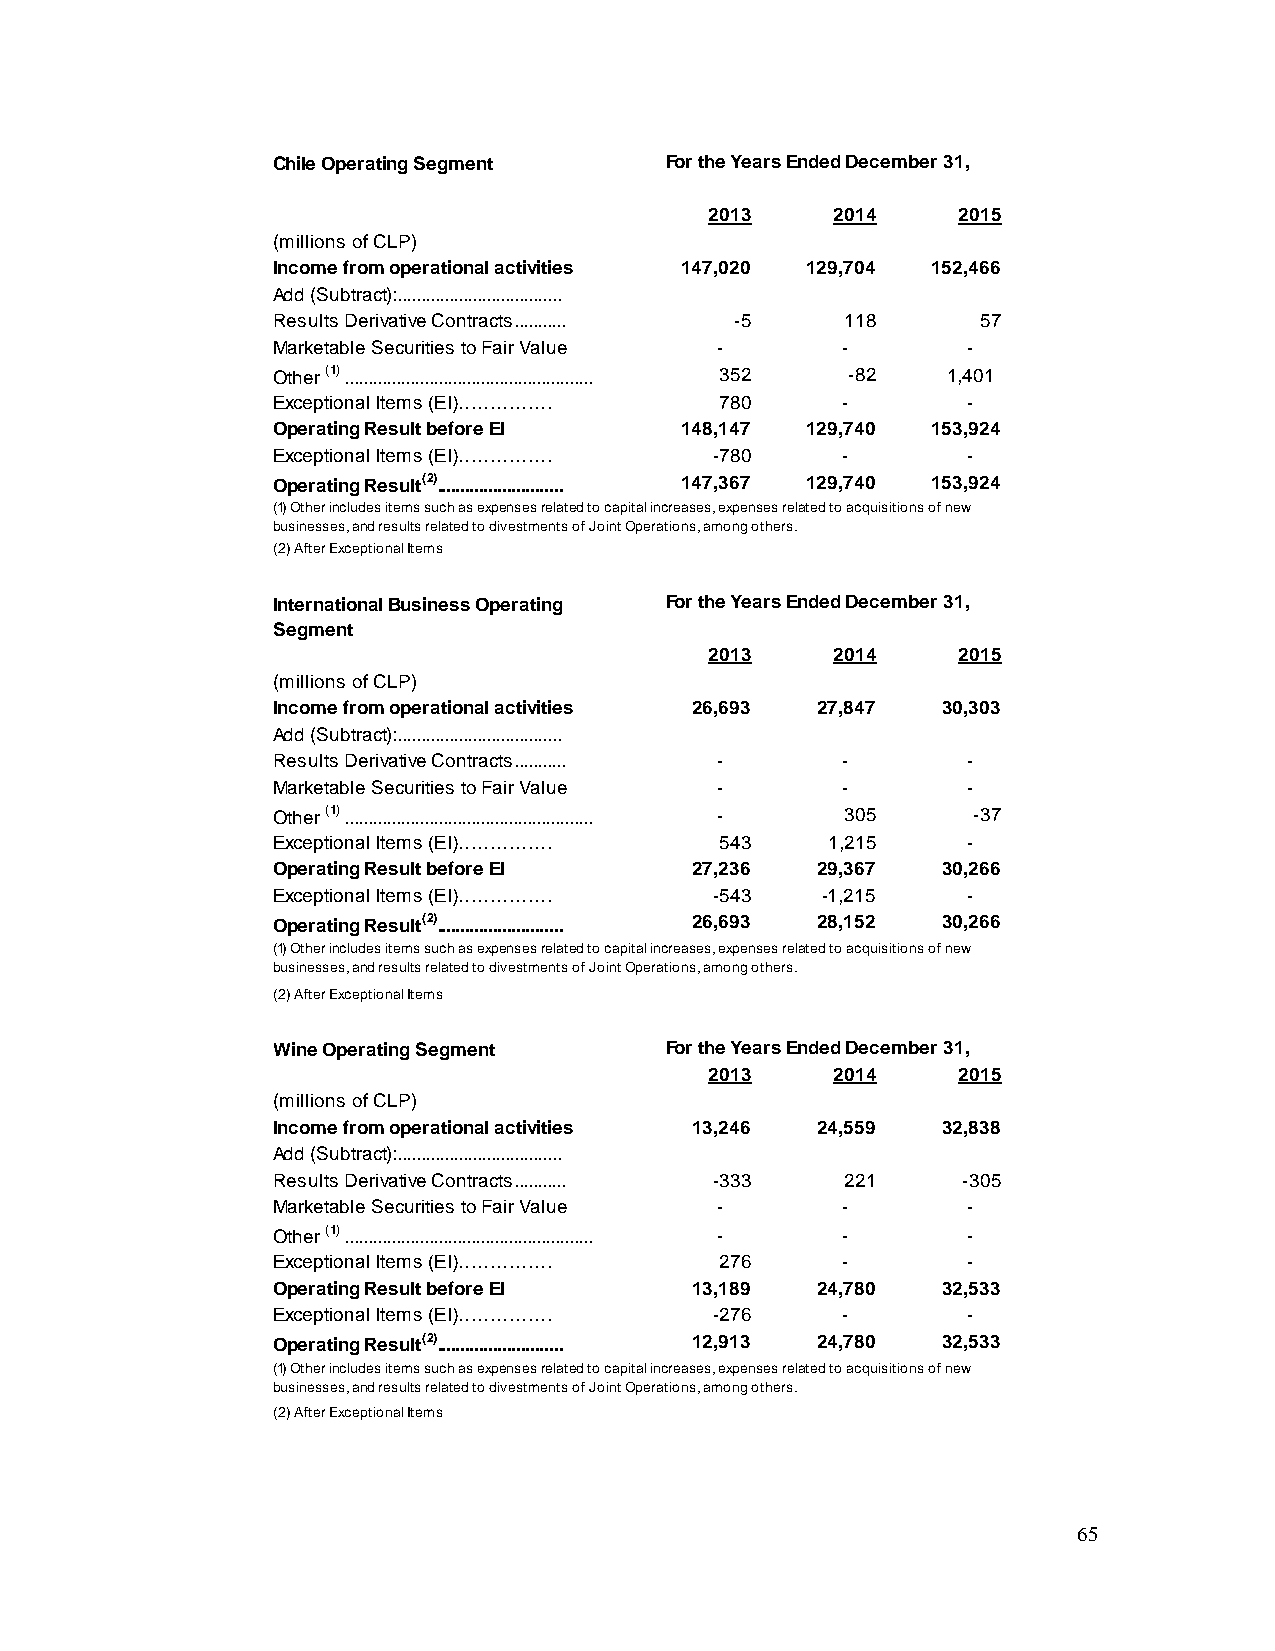
Chile Operating Segment   For the Years Ended December 31,
 2013    2014    2015
 (millions of CLP)
 Income from operational activities 147,020 129,704 152,466
 Add (Subtract):...................................
 Results Derivative Contracts........... -5 118 57
 Marketable Securities to Fair Value - -       -
 Other (1) ..................................................... 352 -82 1 ,401
 Exceptional Items (EI)……………   780     -       -
 Operating Result before EI 148,147 129,740  153,924
 Exceptional Items (EI)……………  -780     -       -
 Operating Result(2)........................... 147,367 129,740 153,924
 (1) Other includes items such as expenses related to capital increases, expenses related to acquisitions of new
 businesses, and results related to divestments of Joint Operations, among others.
 (2) After Exceptional Items
 International Business Operating For the Years Ended December 31,
 Segment
 2013    2014    2015
 (millions of CLP)
 Income from operational activities 26,693 27,847 30,303
 Add (Subtract):...................................
 Results Derivative Contracts........... - -   -
 Marketable Securities to Fair Value - -       -
 Other (1) ..................................................... - 305 -37
 Exceptional Items (EI)……………   543    1,215    -
 Operating Result before EI  27,236  29,367  30,266
 Exceptional Items (EI)……………  -543   -1,215    -
 Operating Result(2)........................... 26,693 28,152 30,266
 (1) Other includes items such as expenses related to capital increases, expenses related to acquisitions of new
 businesses, and results related to divestments of Joint Operations, among others.
 (2) After Exceptional Items
 Wine Operating Segment    For the Years Ended December 31,
 2013    2014    2015
 (millions of CLP)
 Income from operational activities 13,246 24,559 32,838
 Add (Subtract):...................................
 Results Derivative Contracts........... -333 221 -305
 Marketable Securities to Fair Value - -       -
 Other (1) ..................................................... - - -
 Exceptional Items (EI)……………   276     -       -
 Operating Result before EI  13,189  24,780  32,533
 Exceptional Items (EI)……………  -276     -       -
 Operating Result(2)........................... 12,913 24,780 32,533
 (1) Other includes items such as expenses related to capital increases, expenses related to acquisitions of new
 businesses, and results related to divestments of Joint Operations, among others.
 (2) After Exceptional Items
 65